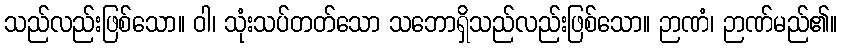
သည်လည်းဖြစ်သော။ ဝါ၊ သုံးသပ်တတ်သော သဘောရှိသည်လည်းဖြစ်သော။ ဉာဏံ၊ ဉာဏ်မည်၏။